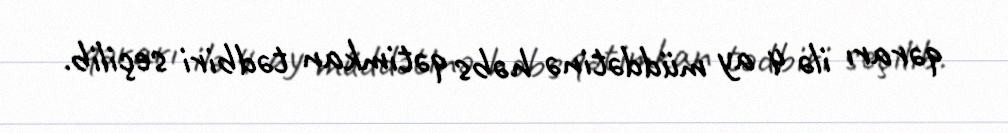
qərarı ilə 4 ay müddətinə həbs qətimkan tədbiri seçilib.